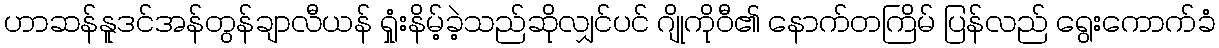
ဟာဆန်နူဒင်အန်တွန်ချာလီယန် ရှုံးနိမ့်ခဲ့သည်ဆိုလျှင်ပင် ဂျိုကိုဝီ၏ နောက်တကြိမ် ပြန်လည် ရွေးကောက်ခံ